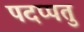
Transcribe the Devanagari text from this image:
पदप्पतु